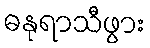
ဓနုရာသီဖွား